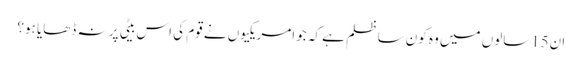
ان15سالوں میں وہ کون سا ظلم ہے کہ جو امریکیوں نے قوم کی اس بیٹی پر نہ ڈھایا ہو؟